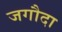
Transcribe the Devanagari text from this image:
जगौदा